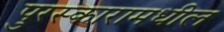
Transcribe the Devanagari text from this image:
पुरस्कारामधील